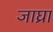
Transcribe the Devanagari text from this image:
जाघ्रा